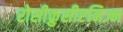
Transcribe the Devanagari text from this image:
रोसीक्रुसीएनिज्म